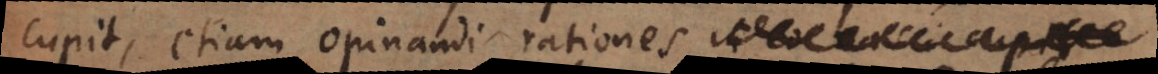
cupit, etiam opinandi rationes in